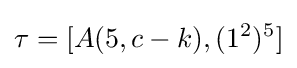
\tau =[A(5,c-k),(1^{2})^{5}]